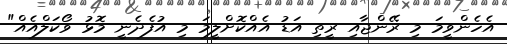
އެހެންވީމަ މި ރޭންޖާއި ރީތި އަޑު އެއްކޮށްލީމަ މި އުފެދެނީ މޮޅު ވޯކަލްއެއް"